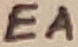
Text: EA